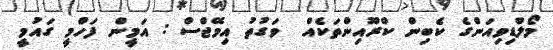
މޯލްޑިވިއަންގެ ކެބިން ކްރޫއިންތަކެއް  ވަގުތު އިމޭޖްސް : އަމީން ފަހްމީ ގައުމީ